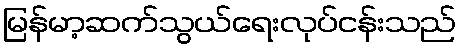
မြန်မာ့ဆက်သွယ်ရေးလုပ်ငန်းသည်